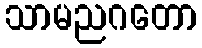
သာမညဂတော